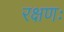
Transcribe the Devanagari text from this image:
रक्षणः